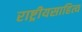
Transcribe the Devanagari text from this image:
राष्ट्रीयसाहित्य